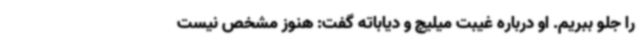
را جلو ببریم. او درباره غیبت میلیچ و دیاباته گفت: هنوز مشخص نیست